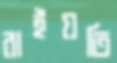
রাইয়তি